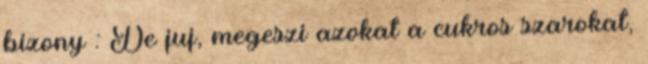
bizony : De juj, megeszi azokat a cukros szarokat,